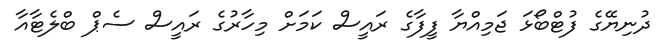
ދުނިޔޭގެ ފުޓްބޯޅަ ޖަމިއްޔާ ފީފާގެ ރައީސް ކަމަށް މިހާރުގެ ރައީސް ސެޕް ބްލެޓާއާ